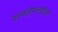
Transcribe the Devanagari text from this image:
हायड्रोफ्ल्यूरिक